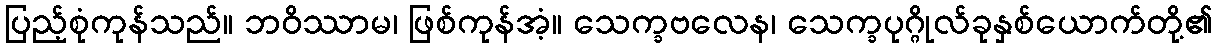
ပြည့်စုံကုန်သည်။ ဘဝိဿာမ၊ ဖြစ်ကုန်အံ့။ သေက္ခဗလေန၊ သေက္ခပုဂ္ဂိုလ်ခုနှစ်ယောက်တို့၏